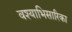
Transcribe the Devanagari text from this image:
वश्याभिसारिका